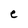
Character: e